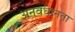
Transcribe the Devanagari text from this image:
अनवधानता